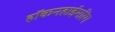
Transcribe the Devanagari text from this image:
हॉकनहाईमरिंग